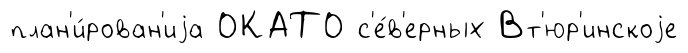
план'и́рован'иjа ОКАТО с'е́в'ерных Вт'юр'инскоjе